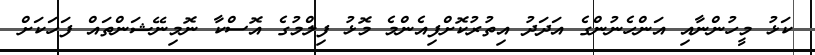
ކަޅު މީހުންނާއި އަންހެނުންގެ އަދަދު އިތުރުކޮށްފިއެންމެ މޮޅު ފިލްމުގެ އޮސްކާ ނޮމިނޭޝަންތައް ފަހަކަށް